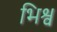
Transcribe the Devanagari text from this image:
भिश्व